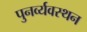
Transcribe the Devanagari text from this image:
पुनर्व्यवस्थन